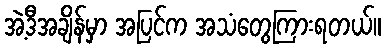
အဲ့ဒီအချိန်မှာ အပြင်က အသံတွေကြားရတယ်။